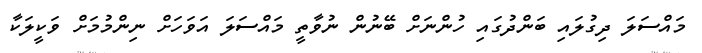
މައްސަލަ ދިގުލައި ބަންދުގައި ހުންނަށް ބޭނުން ނުވާތީ މައްސަލަ އަވަހަށް ނިންމުމަށް ވަކީލަކާ